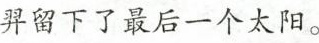
羿留下了最后一个太阳。